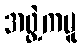
အဖွဲ့ကမူ